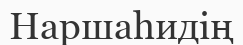
Наршаһидің